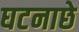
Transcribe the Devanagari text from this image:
घटनाछे